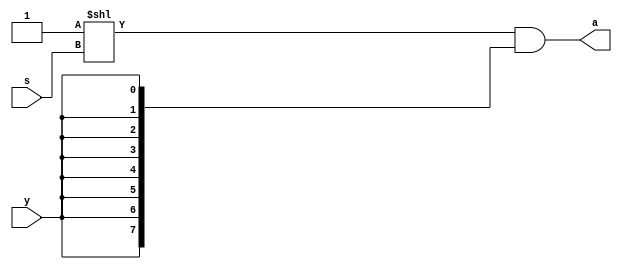
/************************************************
  The Verilog HDL code example is from the book
  Computer Principles and Design in Verilog HDL
  by Yamin Li, published by A JOHN WILEY & SONS
************************************************/
module demux1to8 (s,y,a);                 // 1-to-8 demultiplexer
    input  [2:0] s;                       // inputs:  s, dispatch control
    input        y;                       // input:   y, to be dispatched
    output [7:0] a;                       // outputs: only 1 bit's value = y
    assign a = (1 << s) & {8{y}};         // the value of (2^s)th bit = y
endmodule